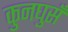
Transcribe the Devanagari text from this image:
कुनघुसँ